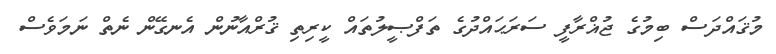
މުޤައްދަސް ބިމުގެ ޖުޣްރާފީ ސަރަޙައްދުގެ ތަފްޞީލުތައް ކީރިތި ޤުރްއާނުން އެނގޭން ނެތް ނަމަވެސް